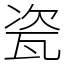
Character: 瓷